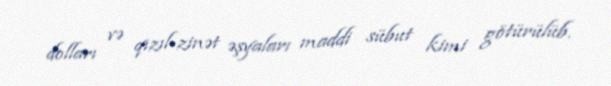
dolları və qızıl-zinət əşyaları maddi sübut kimi götürülüb.